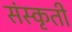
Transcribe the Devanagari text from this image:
संस्कृती